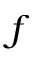
f